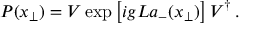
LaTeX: { \cal P } ( { x } _ { \bot } ) = V \exp \left[ i g L a _ { - } ( x _ { \bot } ) \right] V ^ { \dagger } \, .